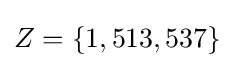
Z=\{1,513,537\}